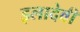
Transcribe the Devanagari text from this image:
इलादेवी